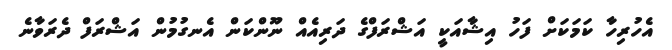
އެހުރިހާ ކަމަކަށް ފަހު އިޝާއަކީ އަޝްރަފްގެ ދަރިއެއް ނޫންކަން އެނގުމުން އަޝްރަފް ދެރަވާނެ